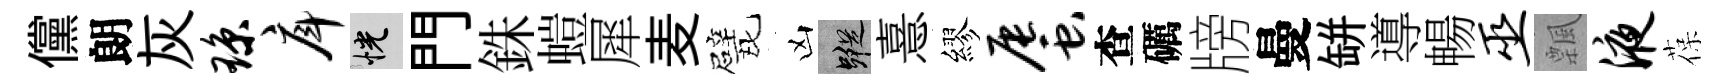
儻朗灰琼戽恍門銖螘犀麦戏凶蹤憙繆蜃查礪牓曼缾導暢巫飄液葆